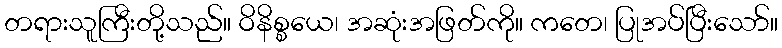
တရားသူကြီးတို့သည်။ ဝိနိစ္စယေ၊ အဆုံးအဖြတ်ကို။ ကတေ၊ ပြုအပ်ပြီးသော်။